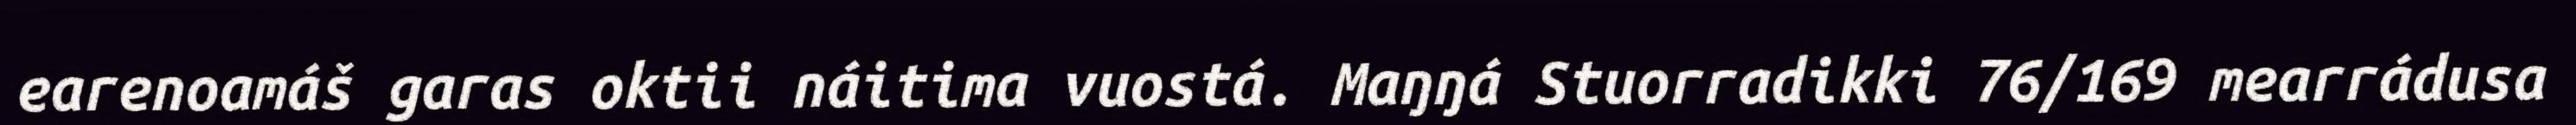
earenoamáš garas oktii náitima vuostá. Maŋŋá Stuorradikki 76/169 mearrádusa